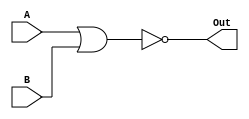
module NorGate(A, B , Out);
	input A , B ;
	output Out;

	assign Out = ~( A | B );

endmodule